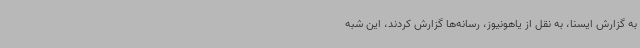
به گزارش ایسنا، به نقل از یاهونیوز، رسانه‌ها گزارش کردند، این شبه